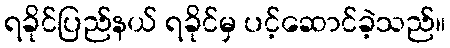
ရခိုင်ပြည်နယ် ရခိုင်မှ ပင့်ဆောင်ခဲ့သည်။